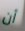
أن